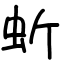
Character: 蚚